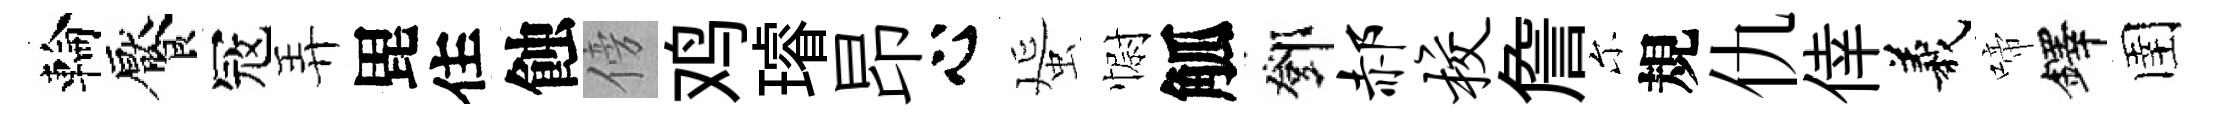
輪饜冦弄毘住蝕傍鸡璿昂心蜑𢠢觚鄧郝校詹尓規仇倖義啼鐸圉